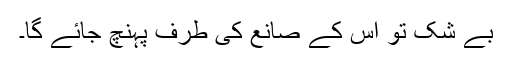
بے شک تو اس کے صانع کی طرف پہنچ جائے گا۔